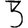
Digit: 3